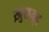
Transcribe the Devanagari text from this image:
ख़ुशनूद